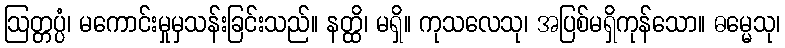
ဩတ္တပ္ပံ၊ မကောင်းမှုမှသန်းခြင်းသည်။ နတ္ထိ၊ မရှိ။ ကုသလေသု၊ အပြစ်မရှိကုန်သော။ ဓမ္မေသု၊